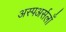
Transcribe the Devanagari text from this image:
अस्पअर्सलाँ